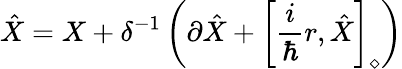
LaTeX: \hat{X}=X+\delta^{-1}\left(\partial\hat{X}+\left[\frac{i}{\hbar}r,\hat{X}\right]_{\diamond}\right)